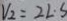
V _ { 2 } = 2 L \cdot S